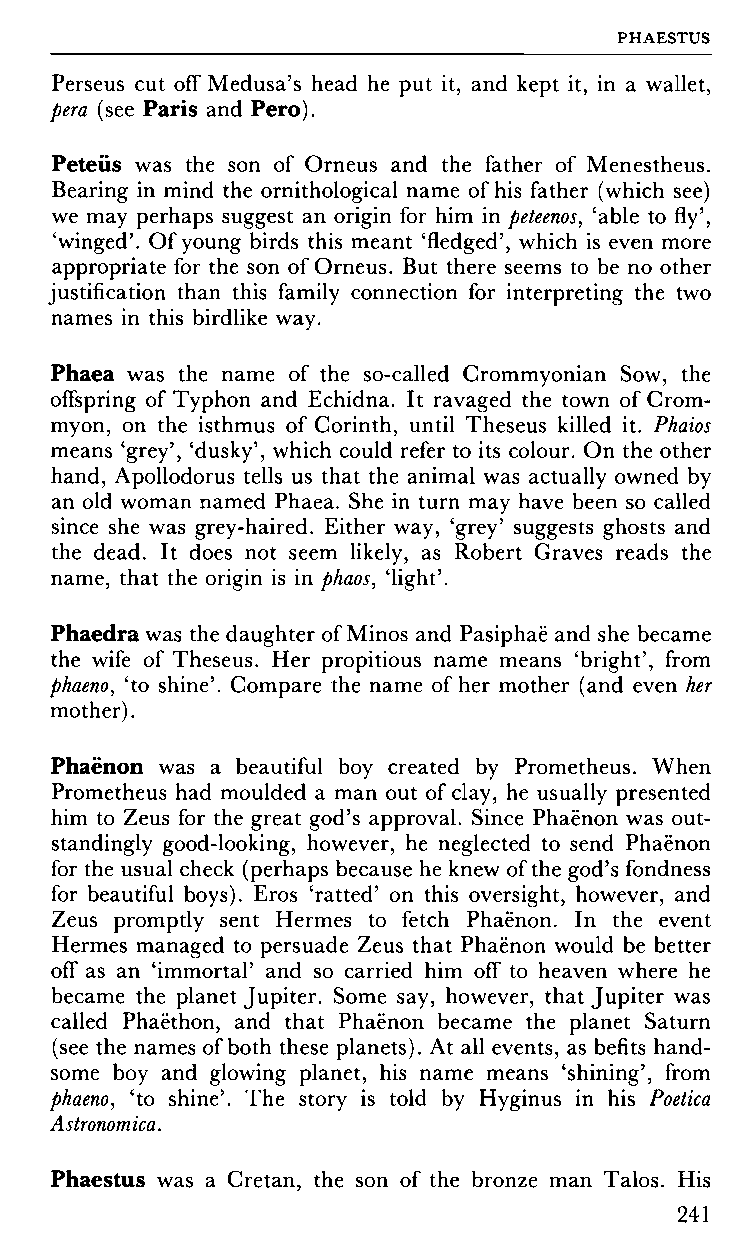
PHAESTUS
 Perseus cut off Medusa's head he put it, and kept it, in a wallet,
 pera (see Paris and Pero).
 Peteüs was the son of Orneus and the father of Menestheus.
 Bearing in mind the ornithological name of his father (which see)
 we may perhaps suggest an origin for him in peteenos, 'able to fly',
 'winged'. Of young birds this meant 'fledged', which is even more
 appropriate for the son of Orneus. But there seems to be no other
 justification than this family connection for interpreting the two
 names in this birdlike way.
 Phaea was the name of the so-called Crommyonian Sow, the
 offspring of Typhon and Echidna. It ravaged the town of Crom-
 myon, on the isthmus of Corinth, until Theseus killed it. Phaios
 means 'grey', 'dusky', which could refer to its colour. On the other
 hand, Apollodorus tells us that the animal was actually owned by
 an old woman named Phaea. She in turn may have been so called
 since she was grey-haired. Either way, 'grey' suggests ghosts and
 the dead. It does not seem likely, as Robert Graves reads the
 name, that the origin is in phaos, 'light'.
 Phaedra was the daughter of Minos and Pasiphaë and she became
 the wife of Theseus. Her propitious name means 'bright', from
 phaeno, 'to shine'. Compare the name of her mother (and even her
 mother).
 Phaënon was a beautiful boy created by Prometheus. When
 Prometheus had moulded a man out of clay, he usually presented
 him to Zeus for the great god's approval. Since Phaënon was out
 standingly good-looking, however, he neglected to send Phaënon
 for the usual check (perhaps because he knew of the god's fondness
 for beautiful boys). Eros 'ratted' on this oversight, however, and
 Zeus promptly sent Hermes to fetch Phaënon. In the event
 Hermes managed to persuade Zeus that Phaënon would be better
 off as an 'immortal' and so carried him off to heaven where he
 became the planet Jupiter. Some say, however, that Jupiter was
 called Phaëthon, and that Phaënon became the planet Saturn
 (see the names of both these planets). At all events, as befits hand
 some boy and glowing planet, his name means 'shining', from
 phaeno, 'to shine'. The story is told by Hyginus in his Poetica
 Astronomica.
 Phaestus was a Cretan, the son of the bronze man Talos. His
 241